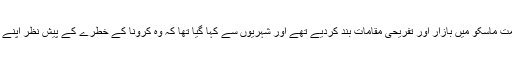
روسی حکام نے دارالحکومت ماسکو میں بازار اور تفریحی مقامات بند کردیے تھے اور شہریوں سے کہا گیا تھا کہ وہ کرونا کے خطرے کے پیش نظر اپنے گھروں سے باہر نہ نکلیں۔